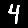
Digit: 4